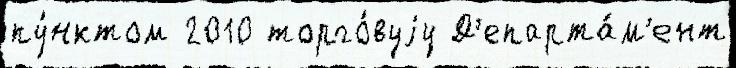
пу́нктом 2010 торго́вуjу Д'епарта́м'ент